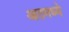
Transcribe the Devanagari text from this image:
आठमध्ये